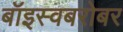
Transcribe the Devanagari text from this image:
बॉइस्वबरोबर